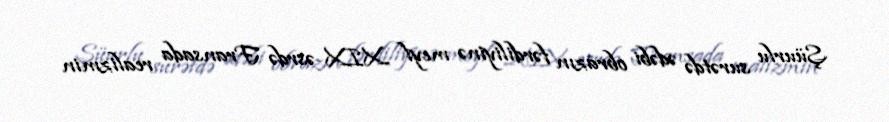
Şüurlu surətdə ədəbi obrazın fərdiliyinə meyl XIX əsrdə Fransada realizmin